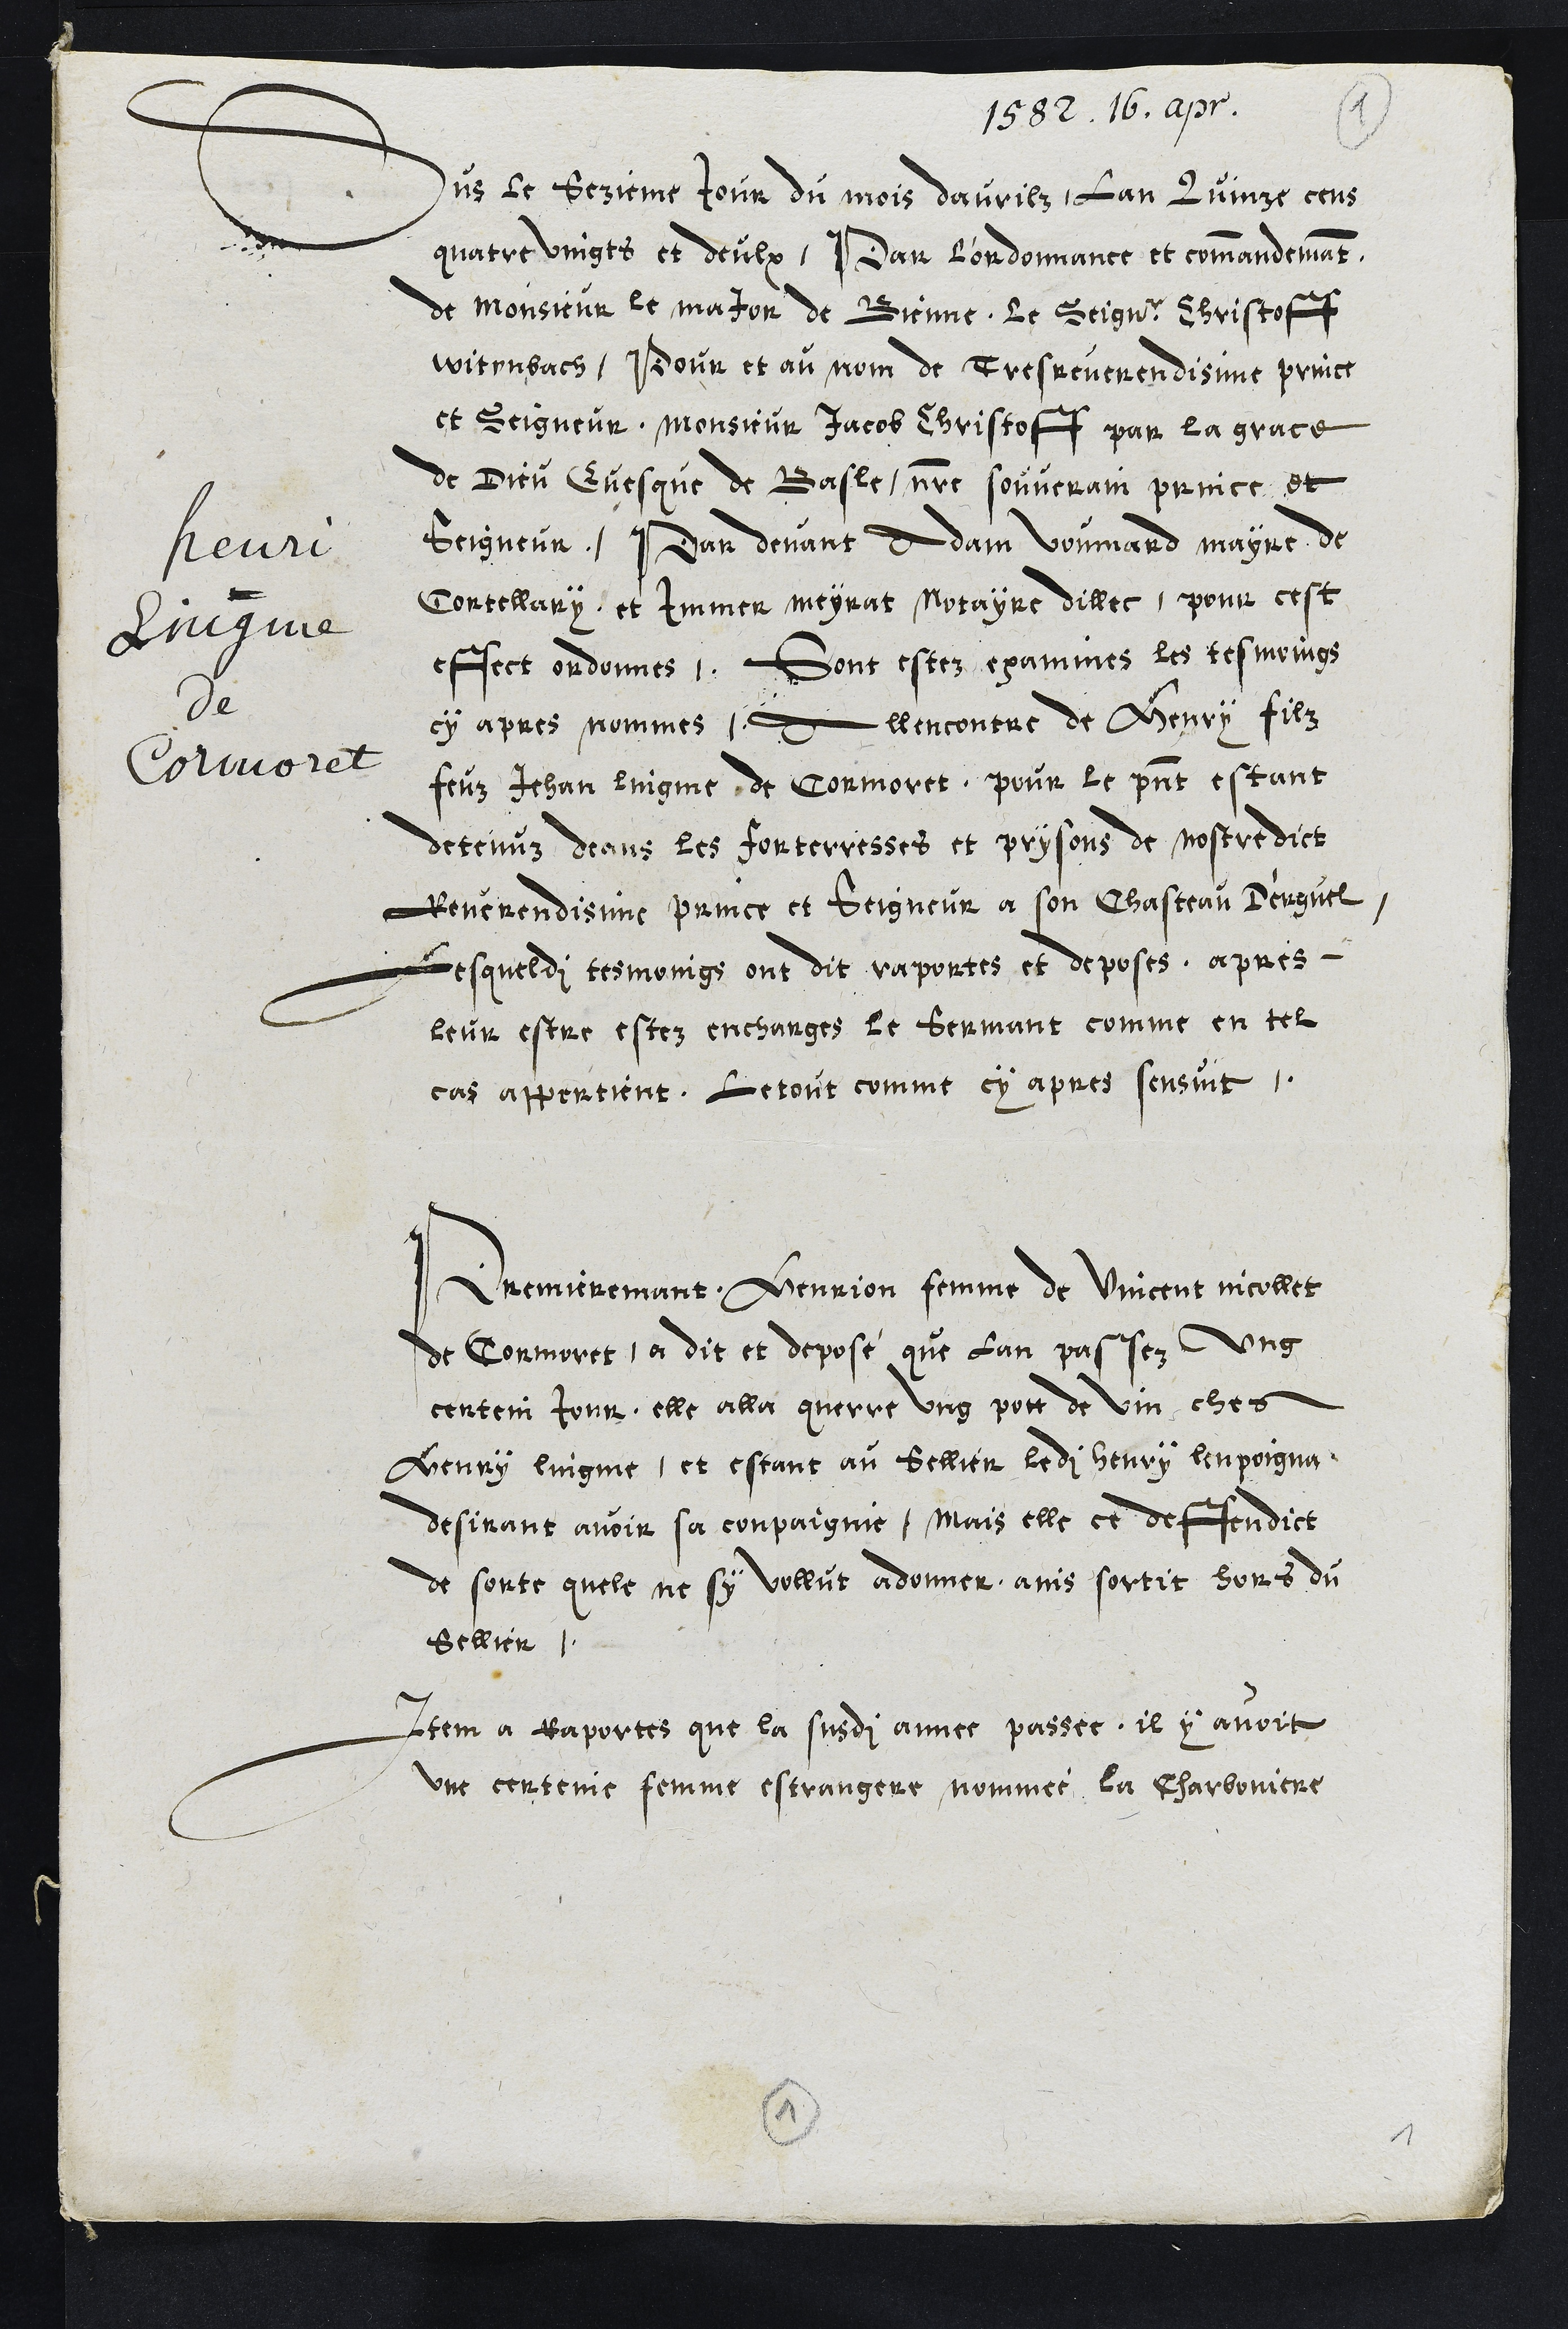
1582. 16, apr.
henri
Lingme
de
Cormoret
Sus le sezieme jour du mois davrilz, lan Quinze cens
quatre vingts et deulx, Par ordonnance et commandemant
de Monsieur le major de Bienne, le Seignr Christoff
witenbach, Pour et au nom de Tres reverendisime prince
et Seigneur, Monsieur Jacob Christoff par la grace
de Dieu Evesque de Basle notre souverain prince, et
Seigneur, Par devant Adam Voumard mayre de
Cortellary, et Immer meyrat notayre dillec, pour cest
effect ordonnes. Sont estez examines les tesmoings
cy apres nommes Allencontre de Henry filz
feuz Jehan Lingme de Cormoret, pour le present estant
detenuz deans les forterresses et prysons de nostre dict
Reverendisime prince et Seigneur a son Chasteau D'erguel
Lesqueldits tesmoings ont dit raportes et deposes apres
leur estre estez encharges le Sermant comme en tel
cas appertient, Le tout comme cy apres sensuit.
Premieremant, Henrion femme de Vincent nicollet
de Cormoret, a dit et deposé que lan passez ung
certein Jour, elle alla querre ung pott de vin ches
Henry Lingme, et estant au sellier ledi Henry lenpoigna
desirant avoir sa compaignie, mais elle ce deffendict
de sorte quele ne sy vollut adonner, ains sortit hors du
sellier.
Item a Raportes que la susdite annee passee, il y avoit
une certeine femme estrangere nommée la Charboniere
1
1